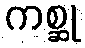
ကစ္ဆု